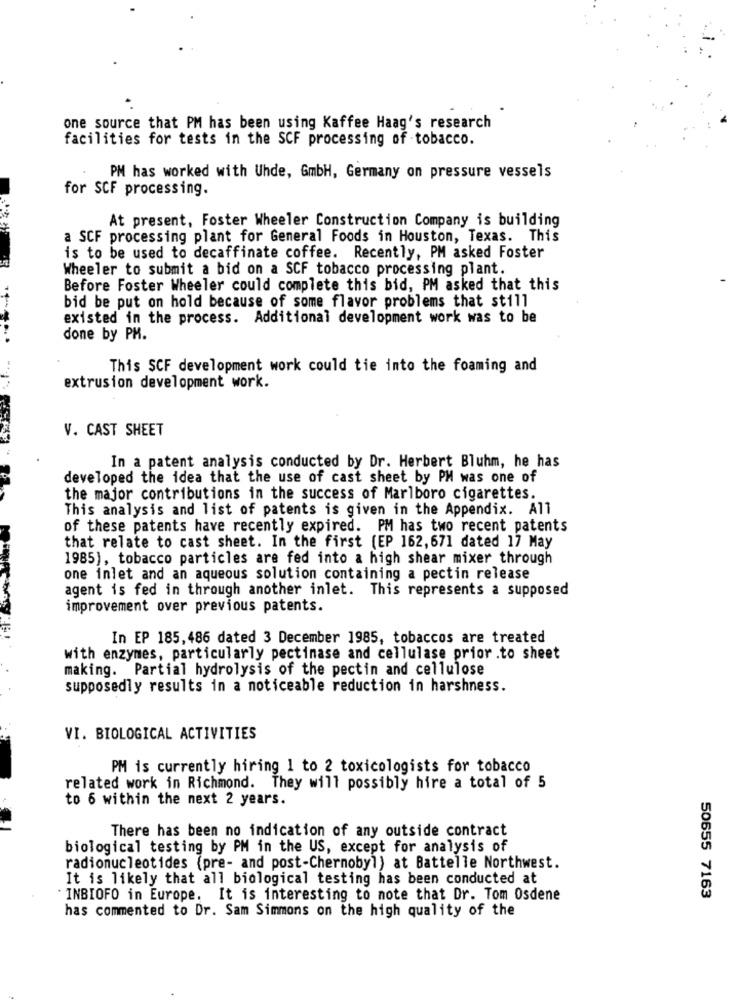
one source that PM has been using Kaffee Haag's research
facilities for tests in the SCF processing of tobacco.
PM has worked with Uhde, GmbH, Germany on pressure vessels
for SCF processing.
At present, Foster Wheeler Construction Company is building
a SCF processing plant for General Foods in Houston, Texas. This
is to be used to decaffinate coffee. Recently, PM asked Foster
Wheeler to submit a bid on a SCF tobacco processing plant.
Before Foster Wheeler could complete this bid, PM asked that this
14
bid be put on hold because of some flavor problems that still
existed in the process. Additional development work was to be
done by PH.
This SCF development work could tie into the foaming and
extrusion development work.
V. CAST SHEET
In a patent analysis conducted by Dr. Herbert Bluhm, he has
developed the idea that the use of cast sheet by PH was one of
the major contributions in the success of Marlboro cigarettes.
This analysis and list of patents is given in the Appendix. All
of these patents have recently expired. PM has two recent patents
that relate to cast sheet. In the first (EP 162,671 dated 17 May
1985), tobacco particles are fed into a high shear mixer through
one inlet and an aqueous solution containing a pectin release
agent is fed in through another inlet. This represents a supposed
improvement over previous patents.
In EP 185,486 dated 3 December 1985, tobaccos are treated
with enzymes, particularly pectinase and cellulase prior .to sheet
making. Partial hydrolysis of the pectin and cellulose
supposedly results in a noticeable reduction in harshness.
VI. BIOLOGICAL ACTIVITIES
PM is currently hiring 1 to 2 toxicologists for tobacco
related work in Richmond. They will possibly hire a total of 5
to 6 within the next 2 years.
There has been no indication of any outside contract
biological testing by PM in the US, except for analysis of
radionucleotides (pre- and post-Chernobyl) at Battelle Northwest.
It is likely that all biological testing has been conducted at
INBIOFO in Europe. It is interesting to note that Dr. Tom Osdene
50655 7163
has commented to Dr. Sam Simmons on the high quality of the